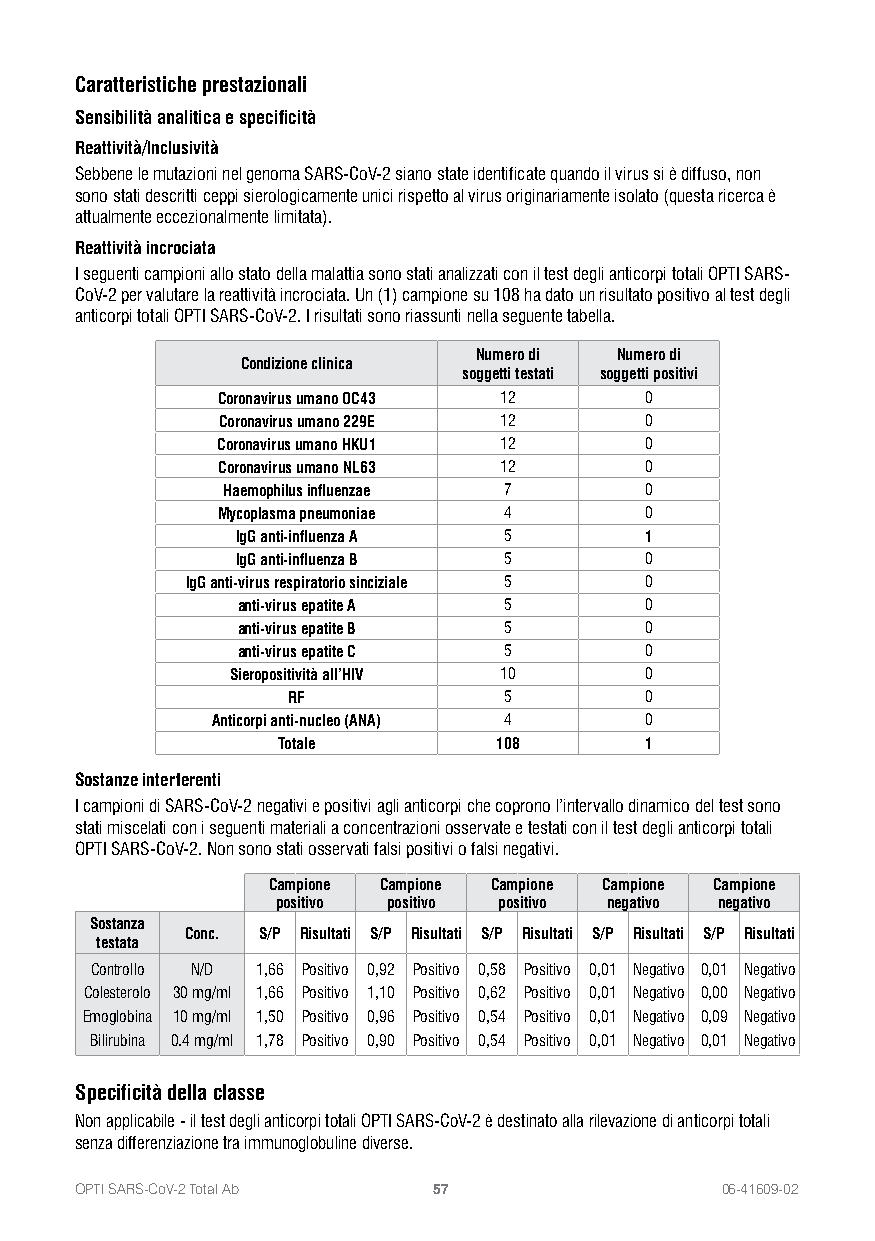
Caratteristiche prestazionali
 Sensibilità analitica e specificità
 Reattività/lnclusività
 Sebbene le mutazioni nel genoma SARS-CoV-2 siano state identificate quando il virus si è diffuso, non
 sono stati descritti ceppi sierologicamente unici rispetto al virus originariamente isolato (questa ricerca è
 attualmente eccezionalmente limitata).
 Reattività incrociata
 I seguenti campioni allo stato della malattia sono stati analizzati con il test degli anticorpi totali OPTI SARS-
 CoV-2 per valutare la reattività incrociata. Un (1) campione su 108 ha dato un risultato positivo al test degli
 anticorpi totali OPTI SARS-CoV-2. I risultati sono riassunti nella seguente tabella.
 Numero di Numero di
 Condizione clinica
 soggetti testati soggetti positivi
 Coronavirus umano OC43 12    0
 Coronavirus umano 229E 12    0
 Coronavirus umano HKU1 12    0
 Coronavirus umano NL63 12    0
 Haemophilus influenzae 7    0
 Mycoplasma pneumoniae 4      0
 IgG anti-influenza A 5     1
 IgG anti-influenza B 5     0
 IgG anti-virus respiratorio sinciziale 5 0
 anti-virus epatite A 5     0
 anti-virus epatite B 5     0
 anti-virus epatite C 5     0
 Sieropositività all’HIV 10  0
 RF            5         0
 Anticorpi anti-nucleo (ANA) 4 0
 Totale         108       1
 Sostanze interferenti
 I campioni di SARS-CoV-2 negativi e positivi agli anticorpi che coprono l’intervallo dinamico del test sono
 stati miscelati con i seguenti materiali a concentrazioni osservate e testati con il test degli anticorpi totali
 OPTI SARS-CoV-2. Non sono stati osservati falsi positivi o falsi negativi.
 Campione Campione Campione Campione Campione
 positivo positivo positivo negativo negativo
 Sostanza
 Conc. S/P Risultati S/P Risultati S/P Risultati S/P Risultati S/P Risultati
 testata
 Controllo N/D 1,66 Positivo 0,92 Positivo 0,58 Positivo 0,01 Negativo 0,01 Negativo
 Colesterolo 30 mg/ml 1,66 Positivo 1,10 Positivo 0,62 Positivo 0,01 Negativo 0,00 Negativo
 Emoglobina 10 mg/ml 1,50 Positivo 0,96 Positivo 0,54 Positivo 0,01 Negativo 0,09 Negativo
 Bilirubina 0.4 mg/ml 1,78 Positivo 0,90 Positivo 0,54 Positivo 0,01 Negativo 0,01 Negativo
 Specificità della classe
 Non applicabile - il test degli anticorpi totali OPTI SARS-CoV-2 è destinato alla rilevazione di anticorpi totali
 senza differenziazione tra immunoglobuline diverse.
 OPTI SARS-CoV-2 Total Ab 57                06-41609-02